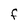
Character: F